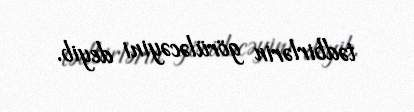
tədbirlərin görüləcəyini deyib.